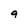
Character: 9